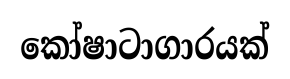
කෝෂාටාගාරයක්